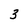
Character: 3